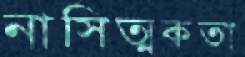
নাসিত্মকতা